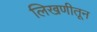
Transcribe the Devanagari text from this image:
लिखणीतून